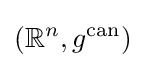
(\mathbb {R} ^{n},g^{\text{can}})